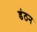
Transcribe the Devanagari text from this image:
डंठन